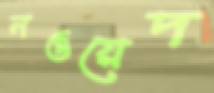
নওয়েদ